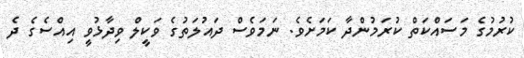
ކުރުމުގެ މަސައްކަތް ކުރަމުންދާ ކަމަށެވެ. ނަމަވެސް ދައުލަތުގެ ވަކީލް ވިދާޅުވީ އިއްސެގެ ދެ